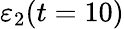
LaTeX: \varepsilon_{2}(t=10)